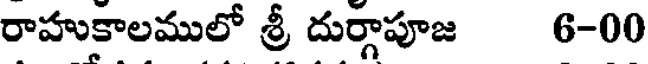
రాహుకాలములో శ్రీ దుర్గాపూజ 6-00